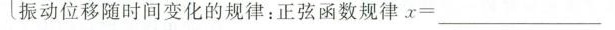
振动位移随时间变化的规律：正弦函数规律$$x = ___$$